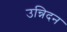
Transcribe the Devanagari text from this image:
उन्निदन